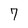
Character: 7